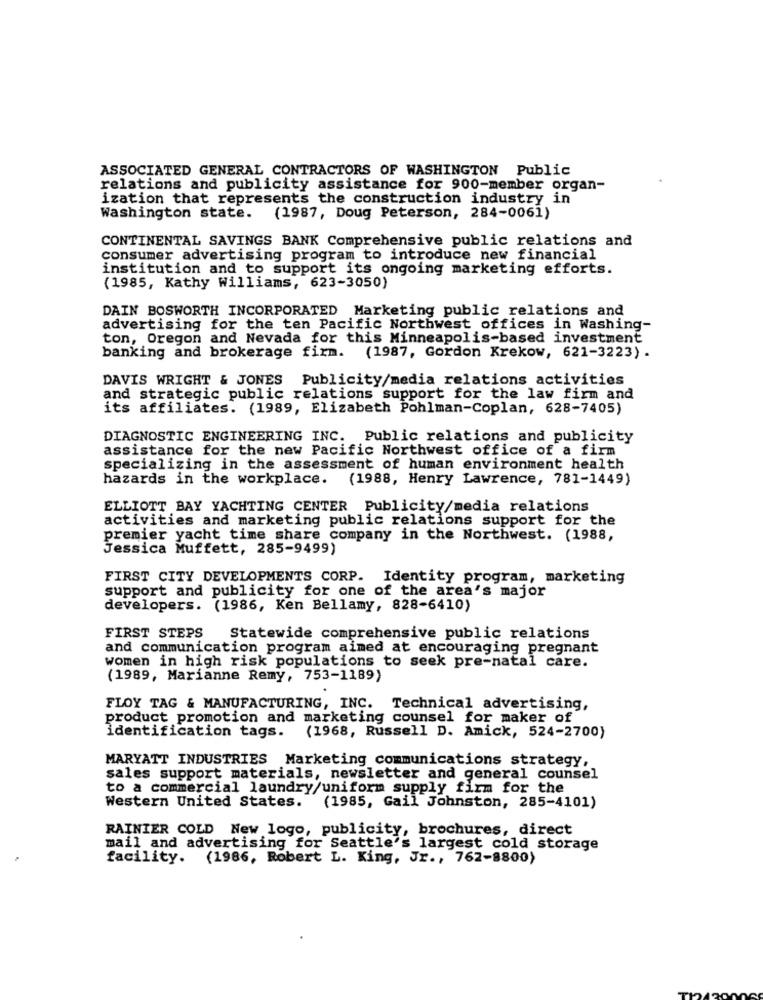
ASSOCIATED GENERAL CONTRACTORS OF WASHINGTON Public
relations and publicity assistance for 900-member organ-
ization that represents the construction industry in
Washington state. (1987, Doug Peterson, 284-0061)
CONTINENTAL SAVINGS BANK Comprehensive public relations and
consumer advertising program to introduce new financial
institution and to support its ongoing marketing efforts.
(1985, Kathy Williams, 623-3050)
DAIN BOSWORTH INCORPORATED Marketing public relations and
advertising for the ten Pacific Northwest offices in Washing-
ton, Oregon and Nevada for this Minneapolis-based investment
banking and brokerage firm. (1987, Gordon Krekow, 621-3223) .
DAVIS WRIGHT & JONES Publicity/media relations activities
and strategic public relations support for the law firm and
its affiliates. (1989, Elizabeth Pohlman-Coplan, 628-7405)
DIAGNOSTIC ENGINEERING INC. Public relations and publicity
assistance for the new Pacific Northwest office of a firm
specializing in the assessment of human environment health
hazards in the workplace. (1988, Henry Lawrence, 781-1449)
ELLIOTT BAY YACHTING CENTER Publicity/media relations
activities and marketing public relations support for the
premier yacht time share company in the Northwest. (1988,
Jessica Muffett, 285-9499)
FIRST CITY DEVELOPMENTS CORP. Identity program, marketing
support and publicity for one of the area's major
developers. (1986, Ken Bellamy, 828-6410)
FIRST STEPS
Statewide comprehensive public relations
and communication program aimed at encouraging pregnant
women in high risk populations to seek pre-natal care.
(1989, Marianne Remy, 753-1189)
FLOY TAG & MANUFACTURING, INC. Technical advertising,
product promotion and marketing counsel for maker of
(1968, Russell D. Amick, 524-2700)
identification tags.
MARYATT INDUSTRIES Marketing communications strategy,
sales support materials, newsletter and general counsel
to a commercial laundry/uniform supply firm for the
Western United States.
(1985, Gail Johnston, 285-4101)
RAINIER COLD New logo, publicity, brochures, direct
mail and advertising for Seattle's largest cold storage
facility. (1986, Robert L. King, Jr ., 762-8800)